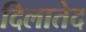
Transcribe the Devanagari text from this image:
दिलातेद